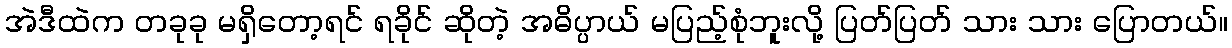
အဲဒီထဲက တခုခု မရှိတော့ရင် ရခိုင် ဆိုတဲ့ အဓိပ္ပာယ် မပြည့်စုံဘူးလို့ ပြတ်ပြတ် သား သား ပြောတယ်။